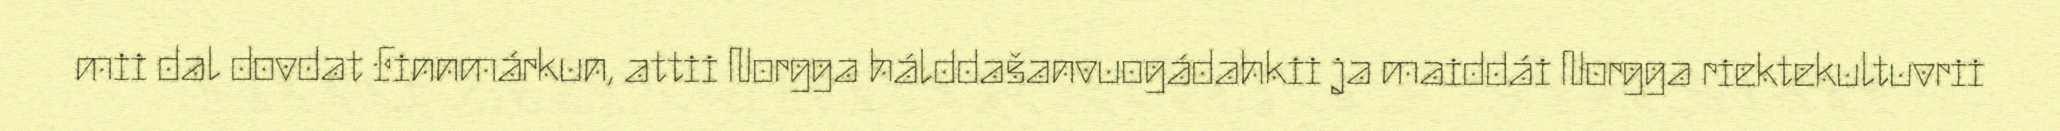
mii dal dovdat Finnmárkun, attii Norgga hálddašanvuogádahkii ja maiddái Norgga riektekultuvrii